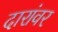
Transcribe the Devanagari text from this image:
दारांवर